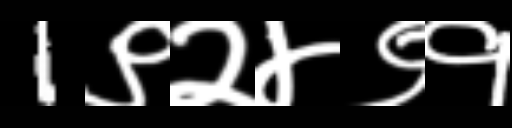
Text: 1९२४९१